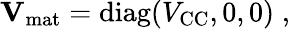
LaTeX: \mathbf{V}_{\mathrm{mat}}=\mathrm{diag}(V_{\mathrm{CC}},0,0)\; ,